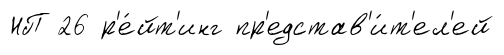
НП 26 р'е́йт'инг пр'едстав'и́т'ел'ей